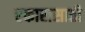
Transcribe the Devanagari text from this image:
एकारासाठी